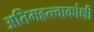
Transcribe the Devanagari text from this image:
अतिमहत्त्वाकांक्षी